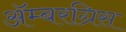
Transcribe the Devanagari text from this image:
ॲम्बरग्रिस